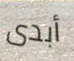
أبدى